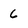
Character: 6